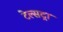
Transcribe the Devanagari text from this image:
टेल्‍सट्रा